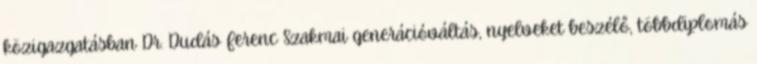
közigazgatásban Dr. Dudás Ferenc Szakmai generációváltás, nyelveket beszélő, többdiplomás